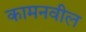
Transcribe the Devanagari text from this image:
कामनवील